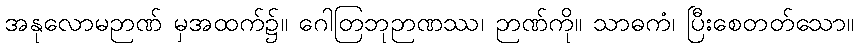
အနုလောမဉာဏ် မှအထက်၌။ ဂေါတြဘုဉာဏဿ၊ ဉာဏ်ကို။ သာဓကံ၊ ပြီးစေတတ်သော။